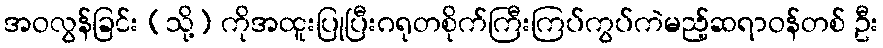
အဝလွန်ခြင်း (သို့) ကိုအထူးပြုပြီးဂရုတစိုက်ကြီးကြပ်ကွပ်ကဲမည့်ဆရာဝန်တစ် ဦး